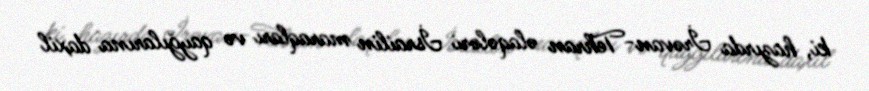
ki, hazırda İrəvan-Tehran əlaqələri İsrailin maraqları və qayğılarına daxil